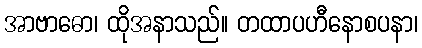
အာဗာဓော၊ ထိုအနာသည်။ တထာပဟီနောစပနာ၊